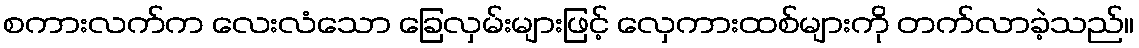
စကားလက်က လေးလံသော ခြေလှမ်းများဖြင့် လှေကားထစ်များကို တက်လာခဲ့သည်။